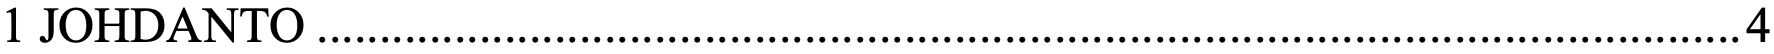
1 JOHDANTO..................................................................................................................4